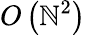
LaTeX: O\left(\mathbb{N}^{2}\right)